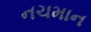
નચમાન